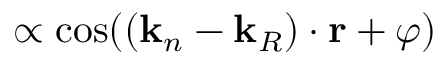
\propto \cos ( ( \mathbf { k } _ { n } - \mathbf { k } _ { R } ) \cdot \mathbf { r } + \varphi )